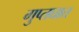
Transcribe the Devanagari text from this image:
गुप्तघात